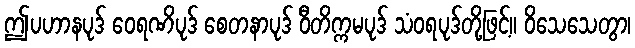
ဤပဟာနပုဒ် ဝေရဏိပုဒ် စေတနာပုဒ် ဝီတိက္ကမပုဒ် သံဝရပုဒ်တို့ဖြင့်။ ဝိသေသေတွာ၊